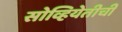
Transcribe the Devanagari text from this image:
सोव्हियेतीची